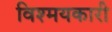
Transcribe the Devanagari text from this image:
विश्मयकारी